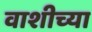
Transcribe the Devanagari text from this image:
वाशीच्या